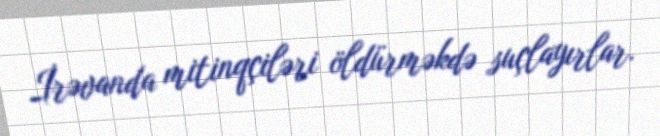
İrəvanda mitinqçiləri öldürməkdə suçlayırlar.